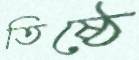
তিষ্ঠে